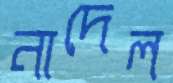
নাদেল